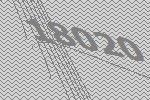
18020